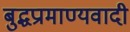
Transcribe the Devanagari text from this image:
बुद्धप्रामाण्यवादी